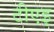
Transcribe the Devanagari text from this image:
टीएइ